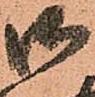
御